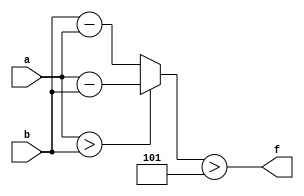
module wce_mit(a, b, f);
parameter _bit = 9;
parameter wce = 5;
input [_bit - 1: 0] a;
input [_bit - 1: 0] b;
output f;
wire [_bit - 1: 0] diff;
assign diff = (a > b)? (a - b): (b - a);
assign f = (diff > wce);
endmodule